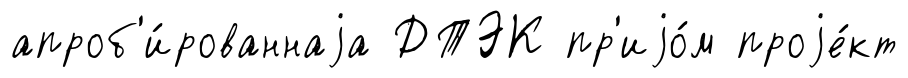
апроб'и́рованнаjа ДТЭК пр'иjо́м проjе́кт